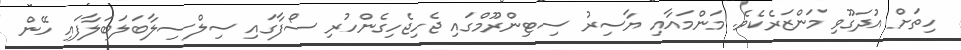
ހިތަށް އުދަގޫވި މަންޒަރެކެވެ. މަންމައާއި ޔާސިރު ސިޓިންރޫމްގައި ޖެހިޖެހިގެންހުރި ސޯފާގައި ސިލްސިލާބަލަބަލާފައި ހޭން